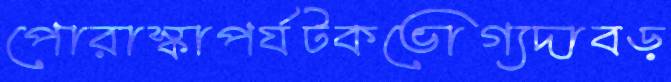
পোরাস্কাপর্যটকভোগ্যদাবড়